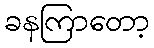
ခနကြာတော့